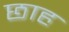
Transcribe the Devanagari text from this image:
छाह